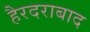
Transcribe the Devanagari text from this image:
हैरदराबाद